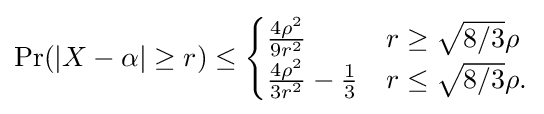
{\begin{aligned}\operatorname {Pr} (|X-\alpha |\geq r)\leq {\begin{cases}{\frac {4\rho ^{2}}{9r^{2}}}&r\geq {\sqrt {8/3}}\rho \\{\frac {4\rho ^{2}}{3r^{2}}}-{\frac {1}{3}}&r\leq {\sqrt {8/3}}\rho .\\\end{cases}}\end{aligned}}